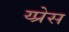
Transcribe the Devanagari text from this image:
य्प्रेस